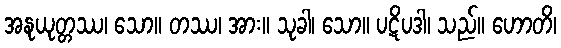
အနုယုတ္တဿ၊ သော။ တဿ၊ အား။ သုခါ၊ သော။ ပဋိပဒါ၊ သည်။ ဟောတိ၊